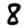
Digit: 8